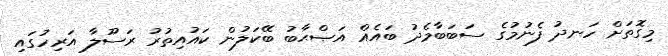
މިގޮތަށް ހަނދު ފެނުމުގެ ސަބަބާމެދު ބައެއް އަޞްޙާބު ބޭކަލުން ކައުއިތުރު ރަސޫލާ އަރިހުގައި